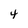
Character: 4